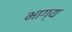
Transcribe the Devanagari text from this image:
भाग्‍य